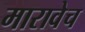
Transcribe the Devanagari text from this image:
मारावेच